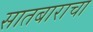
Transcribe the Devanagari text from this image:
सातबाराचा